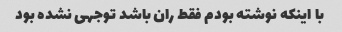
با اینکه نوشته بودم فقط ران باشد توجهی نشده بود